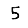
Digit: 5